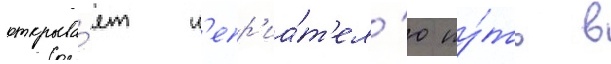
открыва́ет н'епр'иа́т'ел'ю пу́ть в